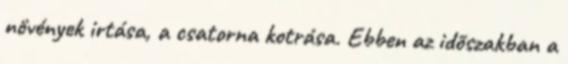
növények irtása, a csatorna kotrása. Ebben az idõszakban a